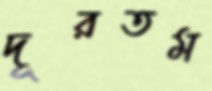
দূরতম